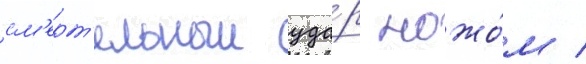
см'ерт'ельныи уда́р ножо́м /